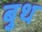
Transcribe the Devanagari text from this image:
बुथ